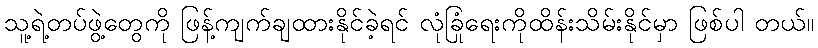
သူ့ရဲ့တပ်ဖွဲ့တွေကို ဖြန့်ကျက်ချထားနိုင်ခဲ့ရင် လုံခြုံရေးကိုထိန်းသိမ်းနိုင်မှာ ဖြစ်ပါ တယ်။